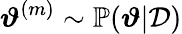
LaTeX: \boldsymbol{\vartheta}^{(m)}\sim\mathbb{P}(\boldsymbol{\vartheta}|\mathcal{D})